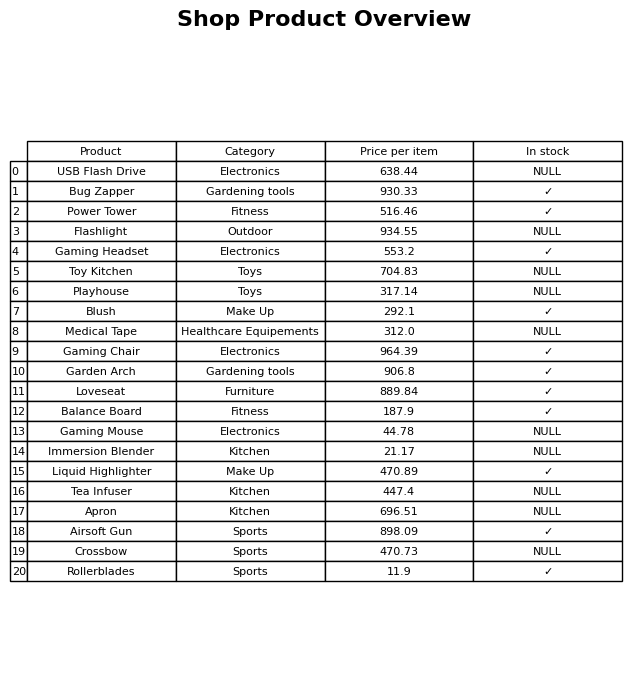
question: What is the price of the Gaming Chair?
answer: The price of Gaming Chair is 964.39.